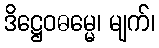
ဒိဋ္ဌေဝဓမ္မေ၊ မျက်၊